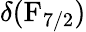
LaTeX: \delta(\mathrm{F}_{7/2})